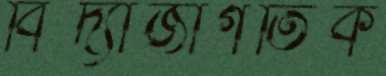
বিদ্যাজাগতিক